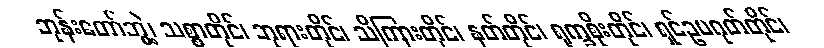
ဘုန်းတော်ဘွဲ့၊ သစ္စာတိုင်၊ ဘုရားတိုင်၊ သိကြားတိုင်၊ နတ်တိုင်၊ ရုက္ခစိုးတိုင်၊ ရှင်ဥပဂုတ်တိုင်၊